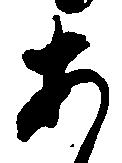
あ